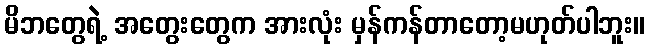
မိဘတွေရဲ့ အတွေးတွေက အားလုံး မှန်ကန်တာတော့မဟုတ်ပါဘူး။